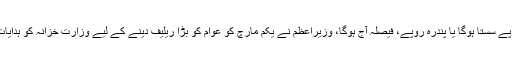
.پٹرول پانچ روپے سستا ہوگا یا پندرہ روپے، فیصلہ آج ہوگا، وزیراعظم نے یکم مارچ کو عوام کو بڑا ریلیف دینے کے لیے وزارت خزانہ کو ہدایات جاری کردی۔